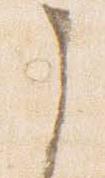
之